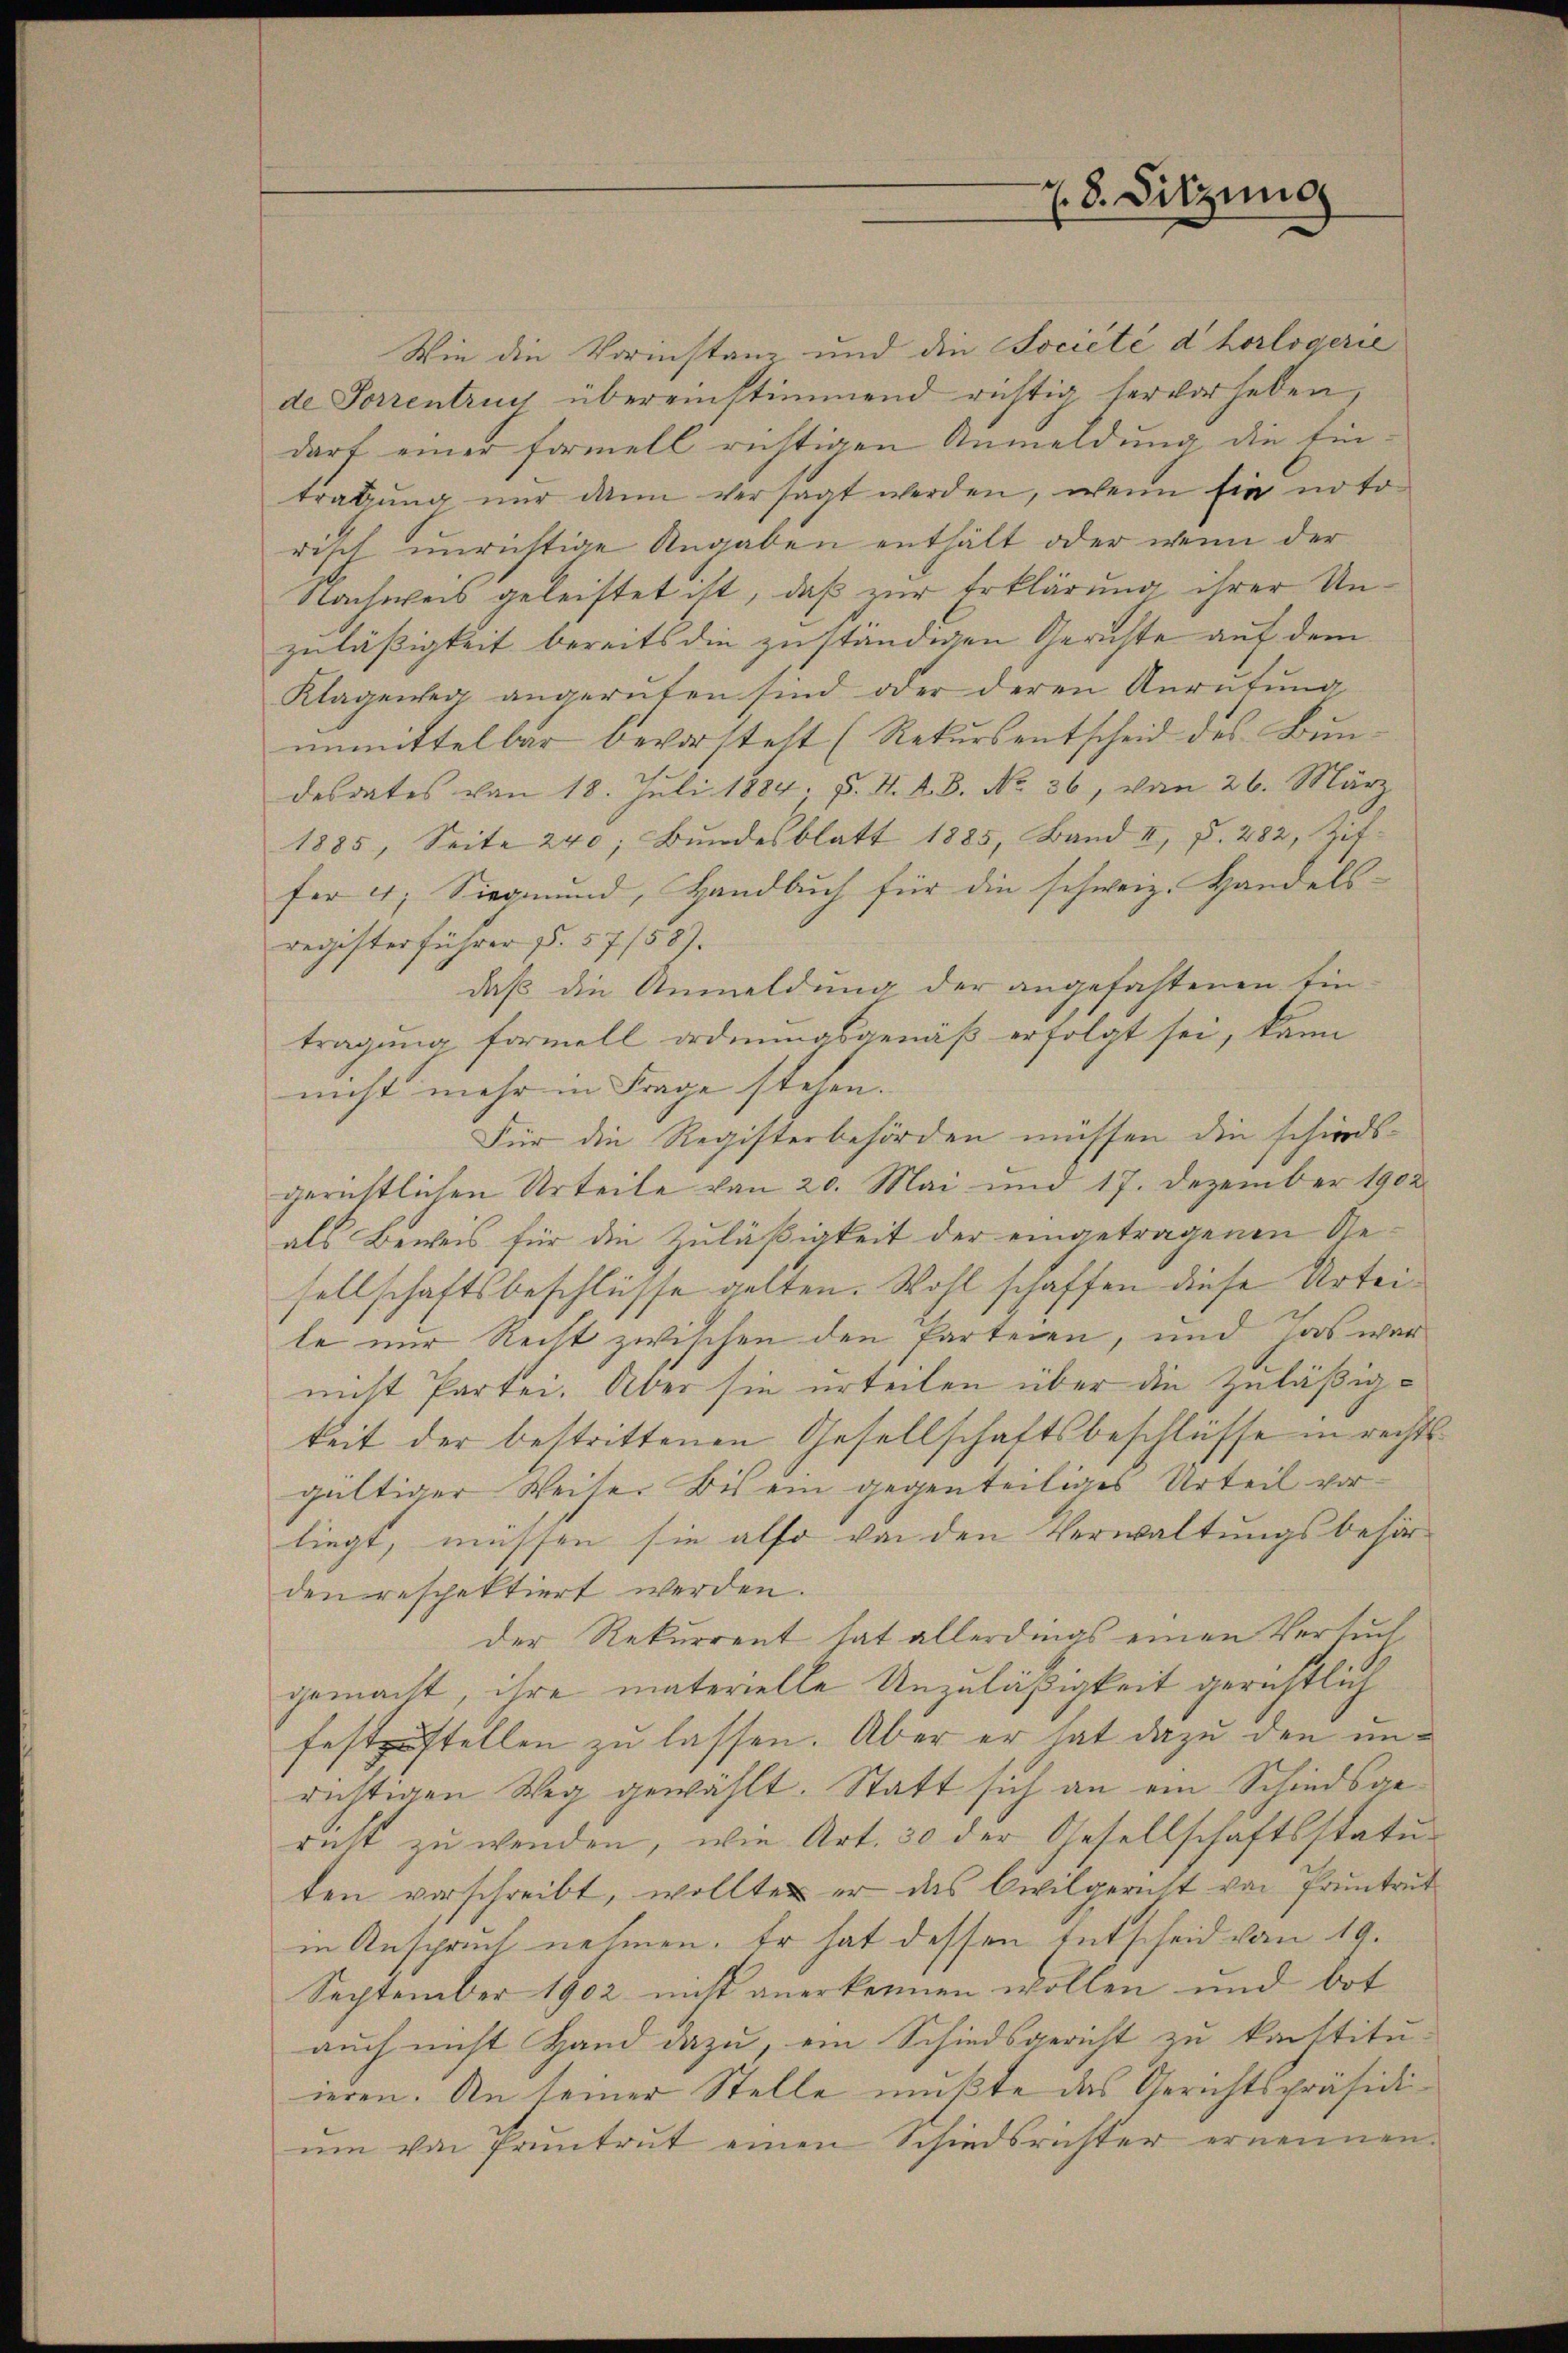
Z. 8. Sitzung

Wie die Vorinstanz und die Société d horlogerie
de Sorrentrug übereinstimmend richtig hervorheben,
darf einer Formell richtigen Anmeldung die Eintratung nur dann versagt werden, wenn sie noto
disch unrichtige Angaben enthält oder wenn der
Nachweis geleistet ist, daß zur Erklärung ihrer Unzuläßigkeit bereits die zuständigen Gerichte auf dem
Klagener angerufen sind oder deren Anrŭtŭng
unmittelbar bevorsteht (Rekursentscheid des Bundesdates von 18. Juli 1884. d. M. A. B. No. 36, von 26. März
1885, Seite 240, Bŭndesblatt 1885, Band II, S. 282, Zif
fer 4; Siegmund, Handbuch für die schweiz. Handels-
register führer §§. 57/58).
daß die Anmeldung der angefastenen Eintragung formell ordnungsgemäß erfolgt sei, kann
nicht mehr in Frage stehen.
Für die Registerbehörden müssen die schieds-
gerichtlichen Urteile von 20. Mai und 17. Dezember 1902
als Beweis für die Zuläßigkeit der eingetragenen Gesellschaftsbeschlüsse gelten. Wohl schaffen diese Urteile nur Recht zwischen den Parteien, und das war
nicht Partei. Aber sie urteilen über die Zuläßigkeit der bestrittenen Gesellschaftsbeschlüsse in rechtsgültiger Weise. Bis ein gegenteiliges Urteil vorliegt, müssen sie also von den Verwaltungsbehör-
den respektiert werden.
der Rekurrent hat allerdings einen Versuch
gemacht, ihre materielle Unzuläßigkeit gerichtlich
festzustellen zu lassen. Aber er hat dazu den unrichtigen Weg gewählt. Statt sich an ein Schiedsgerecht zu wenden, wie Art. 30 der Gesellschaftsstatuten verschreibt, wollten er das Civilgericht von Pruntrut
in Anspruch nehmen. Er hat dessen Entscheid vom 19.
September 1902 nicht anerkennen wollen und bot
auch nicht Hand dazu, ein Schiedsgericht zu konstituieren. An seiner Stelle mußte das Gerichtspräsidiŭm von Pruntrut einen Schiedsrichter ernennen.